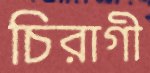
চিরাগী